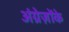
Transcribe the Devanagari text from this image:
अंग्रेज़ोंके